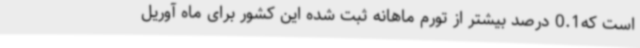
است که0.1 درصد بیشتر از تورم ماهانه ثبت شده این کشور برای ماه آوریل